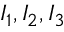
I _ { 1 } , I _ { 2 } , I _ { 3 }